Vaccination in Bombay 1874-1876 - 1874-1876
Year: 1874
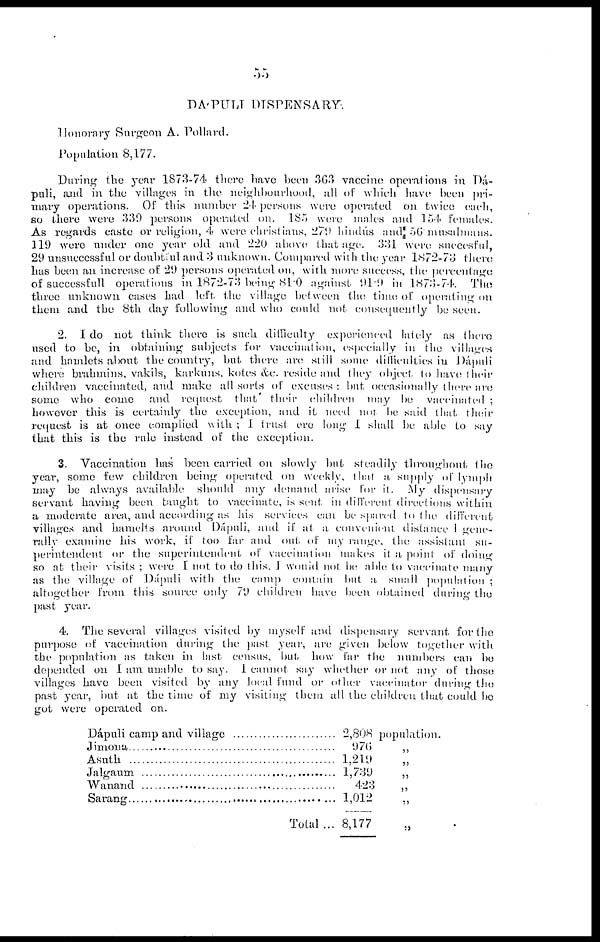
55
DAPULI DISPENSARY.
Honorary Surgeon A. Pollard.
Population 8,177.
During the year 1873-74 there have been 363 vaccine operations in Dá-
puli, and in the villages in the neighbourhood, all of which have been pri-
mary operations. Of this number 24 persons were operated on twice each,
so there were 339 persons operated on. 185 were males and 154 females.
As regards caste or religion, 4 were christians, 279 hiudús and 56 musalmans.
119 were under one year old and 220 above that age. 331 were suecesful,
29 unsuccessful or doubtful and 3 unknown. Compared with the year 1872-73 there
has been an increase of 29 persons operated on, with more success, the percentage
of successfull operations in 1872-73 being 81.0 against 91.9 in 1873-74. The
three unknown cases had left the village between the time of operating on
them and the 8th day following and who could not consequently be seen.
2. I do not think there is such difficulty experienced lately as there
used to be, in obtaining subjects for vaccination, especially in the villages
and hamlets about the country, but there are still some difficulties in Dápuli
where brahmins, vakils, karkuns. kotes &c. reside and they object to have their
children vaccinated, and make all sorts of excuses : but occasionally there are
some who come and request that their children may be vaccinated ;
however this is certainly the exception, and it need not be said that their
request is at once complied with ; I trust ere long I shall be able to say
that this is the rule instead of the exception.
3. Vaccination has been carried on slowly but steadily throughout the
year, some few children being operated on weekly, that a supply of lymph
may be always available should any demand arise for it. My dispensary
servant having been taught to vaccinate, is sent in different directions within
a moderate area, and according as his services can be spared to the different
villages and hamelts around Dápuli, and if at a convenient distance I gene-
rally examine his work, if too far and out of my range the assistant su-
perintendent or the superintendent of vaccination makes it a point of doing
so at their visits ; were I not to do this. I wouid not be able to vaccinate many
as the village of .Dápuli with the camp contain but. a small population ;
altogether from this source only 79 children have been obtained during the
past year.
4. The several villages visited by myself and dispensary servant for the
purpose of vaccination during the past year, are given below together with
the population as taken in last census, but how far the numbers can be
depended on I am unable to say. I cannot say whether or not any of those
villages have been visited by any local fund or other vaccinator during the
past year, but at the time of my visiting them all the children that could be
got were operated on.
Dápuli camp and village
Jimona................................................
Asuth
Jalgaum
Wanand.............................................
Sarang................................................
Total ...
2,808
976
1,219
1,739
423
1,012
8,177
population.
„
„
„
„
„
„